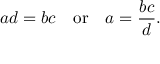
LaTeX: a d = b c \quad { \mathrm { o r } } \quad a = { \frac { b c } { d } } .